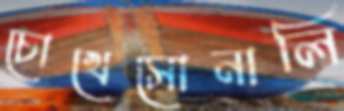
চোখেসোনালি